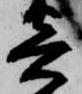
寄